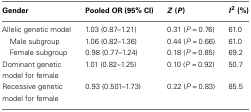
<table><thead><tr><td><b>Gender</b></td><td><b>Pooled OR (95% CI)</b></td><td><b><i>Z</i> (<i>P</i>)</b></td><td><b><i>I</i><sup>2</sup> (%)</b></td></tr></thead><tbody><tr><td>Allelic genetic model</td><td>1.03 (0.87–1.21)</td><td>0.31 (<i>P</i> = 0.76)</td><td>61.0</td></tr><tr><td> Male subgroup</td><td>1.06 (0.82–1.36)</td><td>0.44 (<i>P</i> = 0.66)</td><td>61.0</td></tr><tr><td> Female subgroup</td><td>0.98 (0.77–1.24)</td><td>0.18 (<i>P</i> = 0.85)</td><td>69.2</td></tr><tr><td>Dominant genetic model for female</td><td>1.01 (0.82–1.25)</td><td>0.10 (<i>P</i> = 0.92)</td><td>50.7</td></tr><tr><td>Recessive genetic model for female</td><td>0.93 (0.501–1.73)</td><td>0.22 (<i>P</i> = 0.83)</td><td>85.5</td></tr></tbody></table>